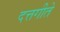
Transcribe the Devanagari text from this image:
दत्तगीते